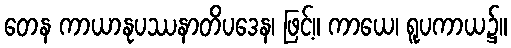
တေန ကာယာနုပဿနာတိပဒေန၊ ဖြင့်။ ကာယေ၊ ရူပကာယ၌။